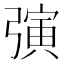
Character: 𪫂